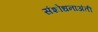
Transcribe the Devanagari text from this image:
संशोधनाअंती